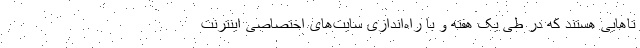
تاهایی هستند که در طی یک هفته و با راه‌اندازی سایت‌های اختصاصی اینترنت